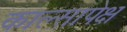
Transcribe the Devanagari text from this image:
काल्सापेक्ष